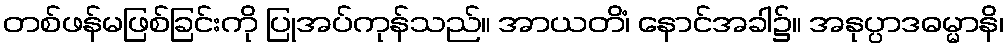
တစ်ဖန်မဖြစ်ခြင်းကို ပြုအပ်ကုန်သည်။ အာယတိံ၊ နောင်အခါ၌။ အနုပ္ပာဒဓမ္မာနိ၊